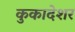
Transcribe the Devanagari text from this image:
कुकादेशर